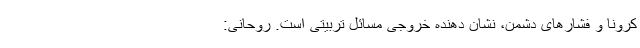
کرونا و فشارهای دشمن، نشان دهنده خروجی مسائل تربیتی است. روحانی: